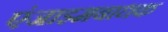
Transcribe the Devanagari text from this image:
एंजाइमबाधक